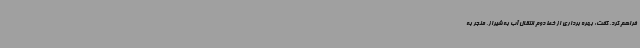
فراهم کرد، گفت: بهره برداری از خط دوم انتقال آب به شیراز، منجر به